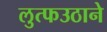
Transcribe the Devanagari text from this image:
लुत्फउठाने